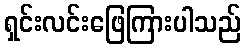
ရှင်းလင်းဖြေကြားပါသည်